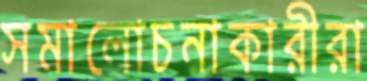
সমালোচনাকারীরা